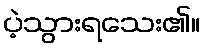
ပဲ့သွားရသေး၏။